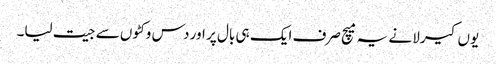
یوں کیرلا نے یہ میچ صرف ایک ہی بال پر اور دس وکٹوں سے جیت لیا۔